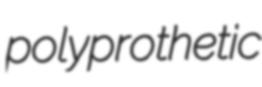
polyprothetic